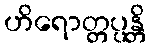
ဟိရောတ္တပ္ပန္တိ